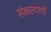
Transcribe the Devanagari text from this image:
संकल्पांची